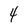
Character: 4